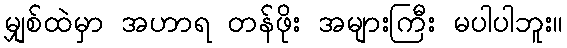
မျှစ်ထဲမှာ အဟာရ တန်ဖိုး အများကြီး မပါပါဘူး။